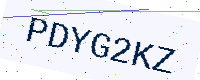
Text: PDYG2KZ